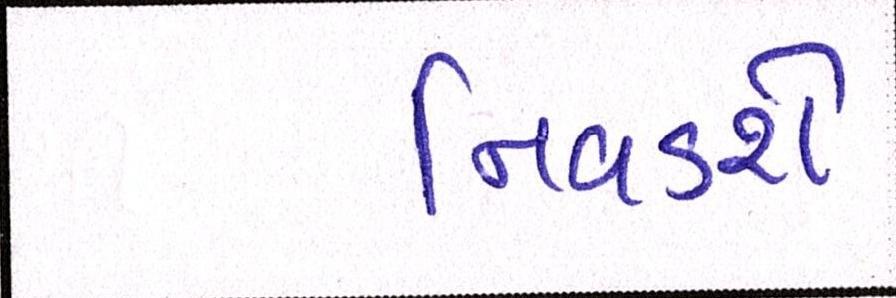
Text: નિવડશે